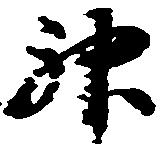
神